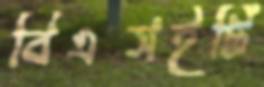
বিএসইটি